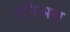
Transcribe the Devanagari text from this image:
एरिअस